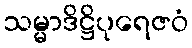
သမ္မာဒိဋ္ဌိပုရေဇဝံ